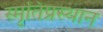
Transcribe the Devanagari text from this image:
स्मृतिप्रस्थान